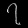
Digit: ၇